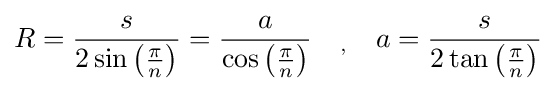
R={\frac {s}{2\sin \left({\frac {\pi }{n}}\right)}}={\frac {a}{\cos \left({\frac {\pi }{n}}\right)}}\quad _{,}\quad a={\frac {s}{2\tan \left({\frac {\pi }{n}}\right)}}